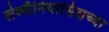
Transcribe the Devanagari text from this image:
लेश्मॅनियासिसच्या